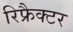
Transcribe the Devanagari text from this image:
रिफ्रैक्टर